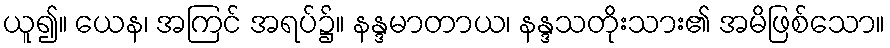
ယူ၍။ ယေန၊ အကြင် အရပ်၌။ နန္ဒမာတာယ၊ နန္ဒသတိုးသား၏ အမိဖြစ်သော။